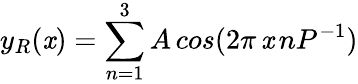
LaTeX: y_{R}(\mathit{x})=\sum_{n=1}^{3}A\, cos(2\pi\, \mathit{x}\, nP^{-1})